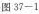
图37-1